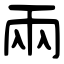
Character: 兩